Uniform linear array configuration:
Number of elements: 12
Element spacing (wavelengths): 0.5
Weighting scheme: blackman
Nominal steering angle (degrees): -45
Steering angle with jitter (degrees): -45.627
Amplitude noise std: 0.05
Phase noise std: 0.05

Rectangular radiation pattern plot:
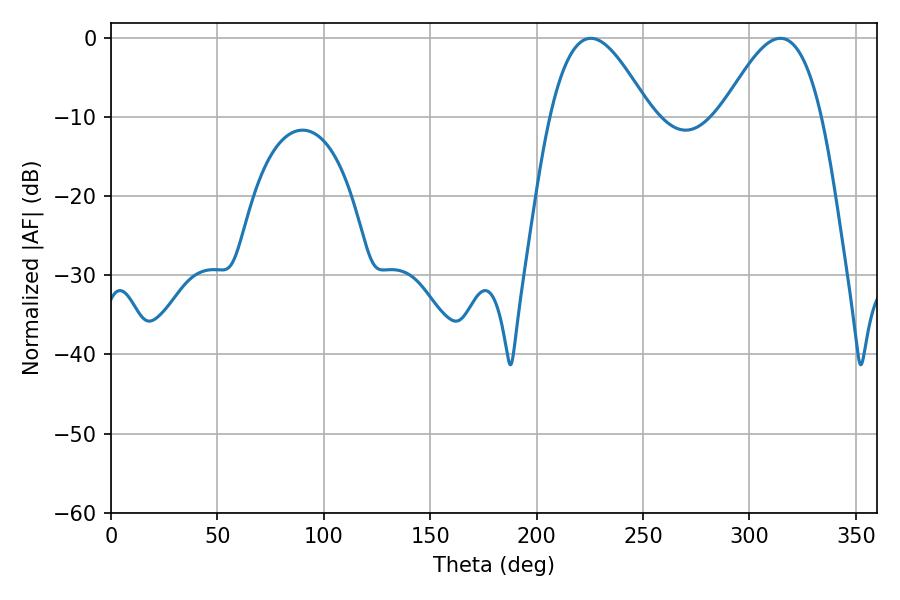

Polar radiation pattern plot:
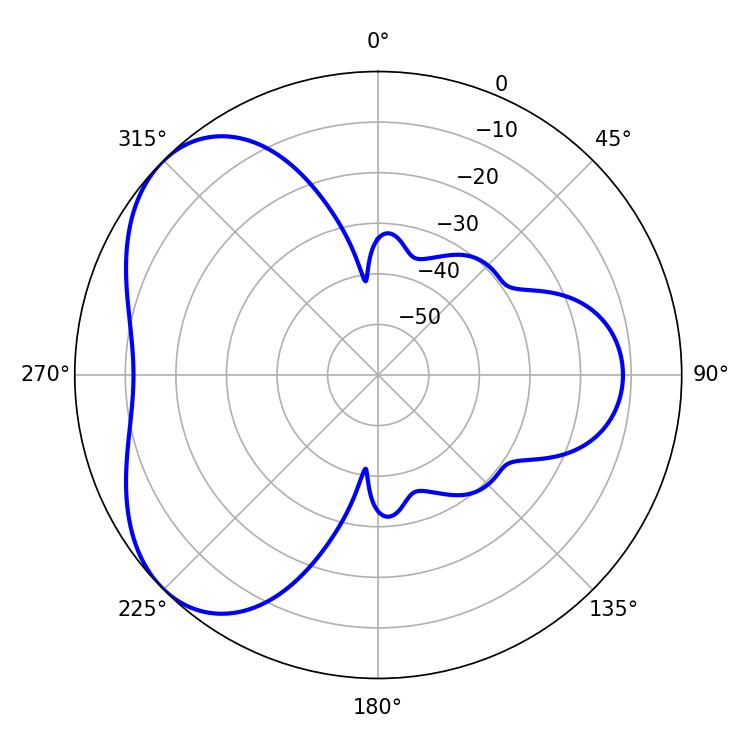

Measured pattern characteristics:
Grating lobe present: FALSE
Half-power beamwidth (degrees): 25.38
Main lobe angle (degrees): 225.54